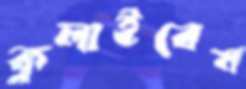
কুলাইবেন